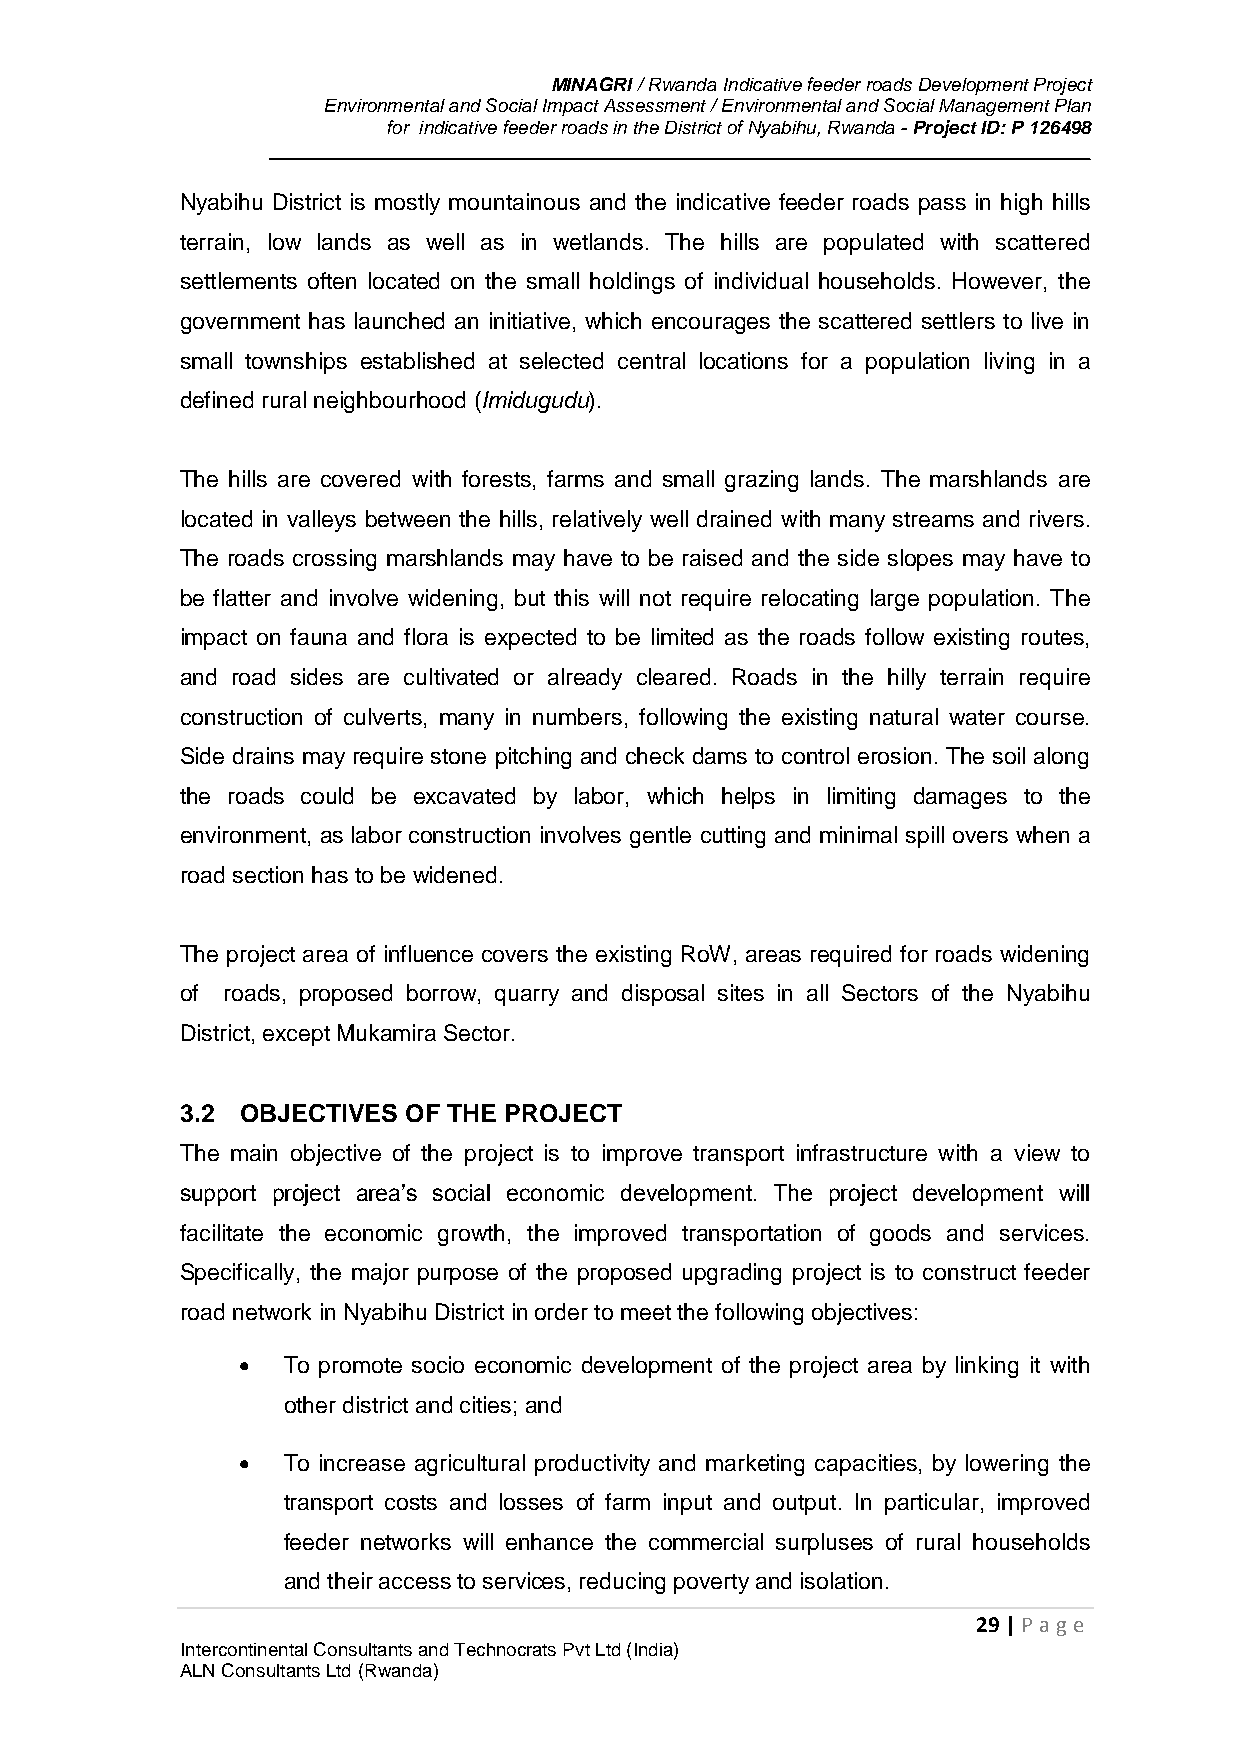
MINAGRI / Rwanda Indicative feeder roads Development Project
 Environmental and Social Impact Assessment / Environmental and Social Management Plan
 for indicative feeder roads in the District of Nyabihu, Rwanda - Project ID: P 126498
 Nyabihu District is mostly mountainous and the indicative feeder roads pass in high hills
 terrain, low lands as well as in wetlands. The hills are populated with scattered
 settlements often located on the small holdings of individual households. However, the
 government has launched an initiative, which encourages the scattered settlers to live in
 small townships established at selected central locations for a population living in a
 defined rural neighbourhood (Imidugudu).
 The hills are covered with forests, farms and small grazing lands. The marshlands are
 located in valleys between the hills, relatively well drained with many streams and rivers.
 The roads crossing marshlands may have to be raised and the side slopes may have to
 be flatter and involve widening, but this will not require relocating large population. The
 impact on fauna and flora is expected to be limited as the roads follow existing routes,
 and road sides are cultivated or already cleared. Roads in the hilly terrain require
 construction of culverts, many in numbers, following the existing natural water course.
 Side drains may require stone pitching and check dams to control erosion. The soil along
 the roads could be excavated by labor, which helps in limiting damages to the
 environment, as labor construction involves gentle cutting and minimal spill overs when a
 road section has to be widened.
 The project area of influence covers the existing RoW, areas required for roads widening
 of roads, proposed borrow, quarry and disposal sites in all Sectors of the Nyabihu
 District, except Mukamira Sector.
 3.2 OBJECTIVES OF THE PROJECT
 The main objective of the project is to improve transport infrastructure with a view to
 support project area’s social economic development. The project development will
 facilitate the economic growth, the improved transportation of goods and services.
 Specifically, the major purpose of the proposed upgrading project is to construct feeder
 road network in Nyabihu District in order to meet the following objectives:
   To promote socio economic development of the project area by linking it with
 other district and cities; and
   To increase agricultural productivity and marketing capacities, by lowering the
 transport costs and losses of farm input and output. In particular, improved
 feeder networks will enhance the commercial surpluses of rural households
 and their access to services, reducing poverty and isolation.
 29 | P age
 Intercontinental Consultants and Technocrats Pvt Ltd (India)
 ALN Consultants Ltd (Rwanda)